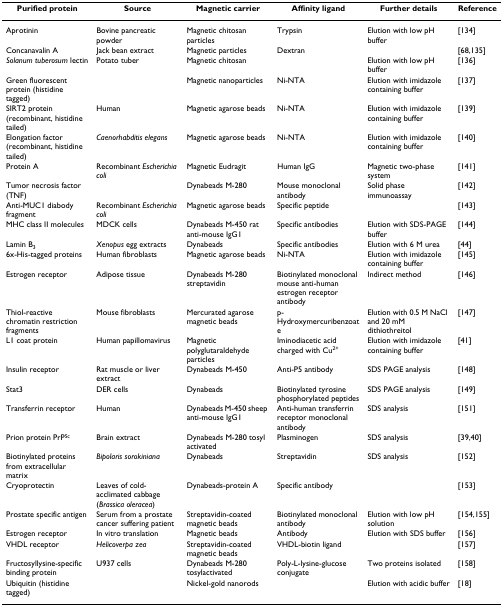
<table><thead><tr><td><b>Purified protein</b></td><td><b>Source</b></td><td><b>Magnetic carrier</b></td><td><b>Affinity ligand</b></td><td><b>Further details</b></td><td><b>Reference</b></td></tr></thead><tbody><tr><td>Aprotinin</td><td>Bovine pancreatic powder</td><td>Magnetic chitosan particles</td><td>Trypsin</td><td>Elution with low pH buffer</td><td>[134]</td></tr><tr><td>Concanavalin A</td><td>Jack bean extract</td><td>Magnetic particles</td><td>Dextran</td><td></td><td>[68,135]</td></tr><tr><td><i>Solanum tuberosum </i>lectin</td><td>Potato tuber</td><td>Magnetic chitosan</td><td></td><td>Elution with low pH buffer</td><td>[136]</td></tr><tr><td>Green fluorescent protein (histidine tagged)</td><td></td><td>Magnetic nanoparticles</td><td>Ni-NTA</td><td>Elution with imidazole containing buffer</td><td>[137]</td></tr><tr><td>SIRT2 protein (recombinant, histidine tailed)</td><td>Human</td><td>Magnetic agarose beads</td><td>Ni-NTA</td><td>Elution with imidazole containing buffer</td><td>[139]</td></tr><tr><td>Elongation factor (recombinant, histidine tailed)</td><td><i>Caenorhabditis elegans</i></td><td>Magnetic agarose beads</td><td>Ni-NTA</td><td>Elution with imidazole containing buffer</td><td>[140]</td></tr><tr><td>Protein A</td><td>Recombinant <i>Escherichia coli</i></td><td>Magnetic Eudragit</td><td>Human IgG</td><td>Magnetic two-phase system</td><td>[141]</td></tr><tr><td>Tumor necrosis factor (TNF)</td><td></td><td>Dynabeads M-280</td><td>Mouse monoclonal antibody</td><td>Solid phase immunoassay</td><td>[142]</td></tr><tr><td>Anti-MUC1 diabody fragment</td><td>Recombinant <i>Escherichia coli</i></td><td>Magnetic agarose beads</td><td>Specific peptide</td><td></td><td>[143]</td></tr><tr><td>MHC class II molecules</td><td>MDCK cells</td><td>Dynabeads M-450 rat anti-mouse IgG1</td><td>Specific antibodies</td><td>Elution with SDS-PAGE buffer</td><td>[144]</td></tr><tr><td>Lamin B<sub>3</sub></td><td><i>Xenopus </i>egg extracts</td><td>Dynabeads</td><td>Specific antibodies</td><td>Elution with 6 M urea</td><td>[44]</td></tr><tr><td>6x-His-tagged proteins</td><td>Human fibroblasts</td><td>Magnetic agarose beads</td><td>Ni-NTA</td><td>Elution with imidazole containing buffer</td><td>[145]</td></tr><tr><td>Estrogen receptor</td><td>Adipose tissue</td><td>Dynabeads M-280 streptavidin</td><td>Biotinylated monoclonal mouse anti-human estrogen receptor antibody</td><td>Indirect method</td><td>[146]</td></tr><tr><td>Thiol-reactive chromatin restriction fragments</td><td>Mouse fibroblasts</td><td>Mercurated agarose magnetic beads</td><td>p-Hydroxymercuribenzoate</td><td>Elution with 0.5 M NaCl and 20 mM dithiothreitol</td><td>[147]</td></tr><tr><td>L1 coat protein</td><td>Human papillomavirus</td><td>Magnetic polyglutaraldehyde particles</td><td>Iminodiacetic acid charged with Cu<sup>2+</sup></td><td>Elution with imidazole containing buffer</td><td>[41]</td></tr><tr><td>Insulin receptor</td><td>Rat muscle or liver extract</td><td>Dynabeads M-450</td><td>Anti-P5 antibody</td><td>SDS PAGE analysis</td><td>[148]</td></tr><tr><td>Stat3</td><td>DER cells</td><td>Dynabeads</td><td>Biotinylated tyrosine phosphorylated peptides</td><td>SDS PAGE analysis</td><td>[149]</td></tr><tr><td>Transferrin receptor</td><td>Human</td><td>Dynabeads M-450 sheep anti-mouse IgG1</td><td>Anti-human transferrin receptor monoclonal antibody</td><td>SDS analysis</td><td>[151]</td></tr><tr><td>Prion protein PrP<sup>Sc</sup></td><td>Brain extract</td><td>Dynabeads M-280 tosyl activated</td><td>Plasminogen</td><td>SDS analysis</td><td>[39,40]</td></tr><tr><td>Biotinylated proteins from extracellular matrix</td><td><i>Bipolaris sorokiniana</i></td><td>Dynabeads</td><td>Streptavidin</td><td>SDS analysis</td><td>[152]</td></tr><tr><td>Cryoprotectin</td><td>Leaves of cold-acclimated cabbage (<i>Brassica oleracea</i>)</td><td>Dynabeads-protein A</td><td>Specific antibody</td><td></td><td>[153]</td></tr><tr><td>Prostate specific antigen</td><td>Serum from a prostate cancer suffering patient</td><td>Streptavidin-coated magnetic beads</td><td>Biotinylated monoclonal antibody</td><td>Elution with low pH solution</td><td>[154,155]</td></tr><tr><td>Estrogen receptor</td><td>In vitro translation</td><td>Magnetic beads</td><td>Antibody</td><td>Elution with SDS buffer</td><td>[156]</td></tr><tr><td>VHDL receptor</td><td><i>Helicoverpa zea</i></td><td>Streptavidin-coated magnetic beads</td><td>VHDL-biotin ligand</td><td></td><td>[157]</td></tr><tr><td>Fructosyllysine-specific binding protein</td><td>U937 cells</td><td>Dynabeads M-280 tosylactivated</td><td>Poly-L-lysine-glucose conjugate</td><td>Two proteins isolated</td><td>[158]</td></tr><tr><td>Ubiquitin (histidine tagged)</td><td></td><td>Nickel-gold nanorods</td><td></td><td>Elution with acidic buffer</td><td>[18]</td></tr></tbody></table>